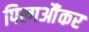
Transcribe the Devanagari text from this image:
पिल्गऔंकर